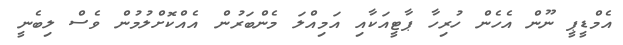
އެމްޑީޕީ ނޫން އެހެން ހުރިހާ ޕާޓީއަކާއި އަމިއްލަ މެންބަރުން އެއްކޮށްލުމުން ވެސް ލިބެނީ